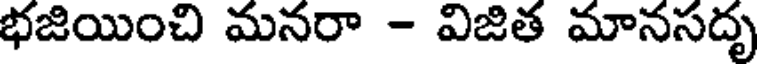
భజియించి మనరా - విజిత మానసదృ